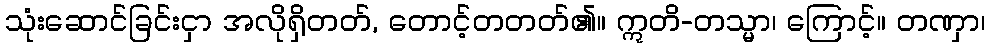
သုံးဆောင်ခြင်းငှာ အလိုရှိတတ်, တောင့်တတတ်၏။ ဣတိ-တသ္မာ၊ ကြောင့်။ တဏှာ၊